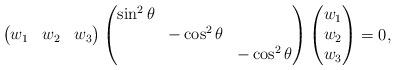
LaTeX: \begin{align*}\begin{pmatrix}w_1 & w_2 & w_3 \end{pmatrix}\begin{pmatrix}\sin^2\theta\\ & -\cos^2\theta\\ & & -\cos^2\theta\end{pmatrix}\begin{pmatrix}w_1 \\ w_2 \\ w_3 \end{pmatrix}=0,\end{align*}